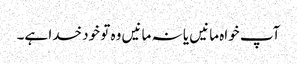
آپ خواہ مانیں یا نہ مانیں وہ تو خود خدا ہے۔